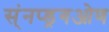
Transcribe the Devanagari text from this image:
स्ंनप्ड्रगओण